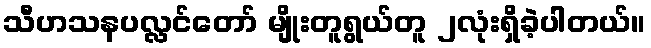
သီဟသနပလ္လင်တော် မျိုးတူရွယ်တူ ၂လုံးရှိခဲ့ပါတယ်။